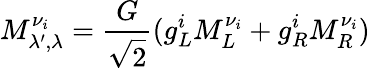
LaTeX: M_{\lambda^{\prime},\lambda}^{\nu_{i}}=\frac{\displaystyle{G}}{\displaystyle{\sqrt{2}}}(g_{L}^{i}M_{L}^{\nu_{i}}+g_{R}^{i}M_{R}^{\nu_{i}})